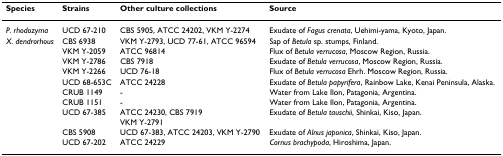
<table><thead><tr><td><b>Species</b></td><td><b>Strains</b></td><td><b>Other culture collections</b></td><td><b>Source</b></td></tr></thead><tbody><tr><td><i>P. rhodozyma</i></td><td>UCD 67-210</td><td>CBS 5905, ATCC 24202, VKM Y-2274</td><td>Exudate of <i>Fagus crenata</i>, Uehimi-yama, Kyoto, Japan.</td></tr><tr><td><i>X. dendrorhous</i></td><td>CBS 6938</td><td>VKM Y-2793, UCD 77-61, ATCC 96594</td><td>Sap of <i>Betula </i>sp. stumps, Finland.</td></tr><tr><td></td><td>VKM Y-2059</td><td>ATCC 96814</td><td>Flux of <i>Betula verrucosa</i>, Moscow Region, Russia.</td></tr><tr><td></td><td>VKM Y-2786</td><td>CBS 7918</td><td>Exudate of <i>Betula verrucosa</i>, Moscow Region, Russia.</td></tr><tr><td></td><td>VKM Y-2266</td><td>UCD 76-18</td><td>Flux of <i>Betula verrucosa </i>Ehrh. Moscow Region, Russia.</td></tr><tr><td></td><td>UCD 68-653C</td><td>ATCC 24228</td><td>Exudate of <i>Betula papyrifera</i>, Rainbow Lake, Kenai Peninsula, Alaska.</td></tr><tr><td></td><td>CRUB 1149</td><td>-</td><td>Water from Lake Ilon, Patagonia, Argentina.</td></tr><tr><td></td><td>CRUB 1151</td><td>-</td><td>Water from Lake Ilon, Patagonia, Argentina.</td></tr><tr><td></td><td>UCD 67-385</td><td>ATCC 24230, CBS 7919VKM Y-2791</td><td>Exudate of <i>Betula tauschii</i>, Shinkai, Kiso, Japan.</td></tr><tr><td></td><td>CBS 5908</td><td>UCD 67-383, ATCC 24203, VKM Y-2790</td><td>Exudate of <i>Alnus japonica</i>, Shinkai, Kiso, Japan.</td></tr><tr><td></td><td>UCD 67-202</td><td>ATCC 24229</td><td><i>Cornus brachypoda</i>, Hiroshima, Japan.</td></tr></tbody></table>